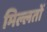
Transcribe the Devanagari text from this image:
मिल्लतों